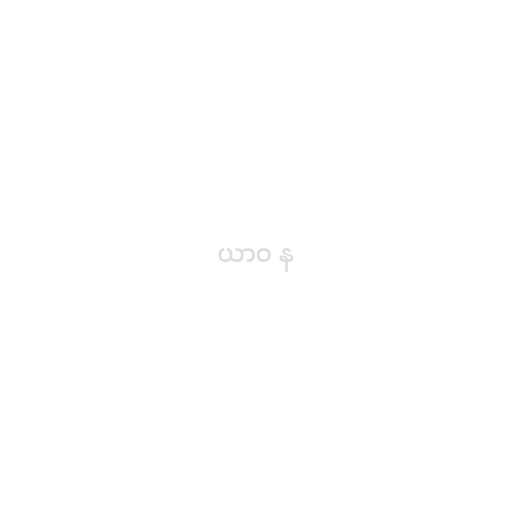
ယာဝ န